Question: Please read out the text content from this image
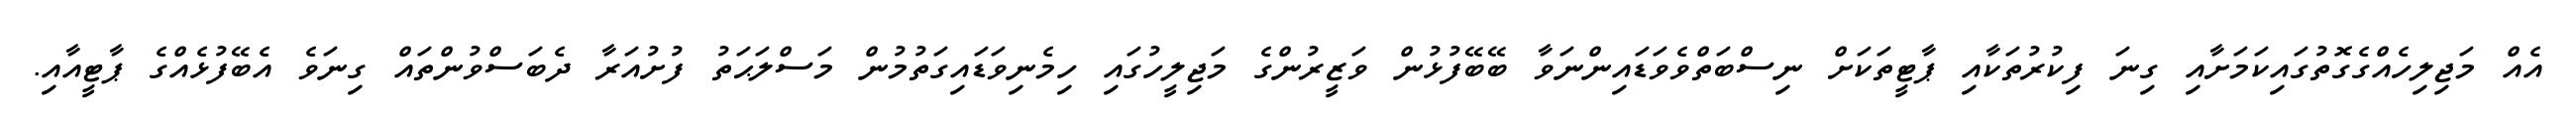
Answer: އެއް މަޖިލިހެއްގެގޮތުގައިކަމަށާއި ގިނަ ފިކުރުތަކާއި ޕާޓީތަކަށް ނިސްބަތްވެވަޑައިންނަވާ ބޭބޭފުޅުން ވަޒީރުންގެ މަޖިލީހުގައި ހިމެނިވަޑައިގަތުމުން މަސްލަޙަތު ފުށުއަރާ ދެބަސްވުންތައް ގިނަވެ އެބޭފުޅެއްގެ ޕާޓީއާއި.